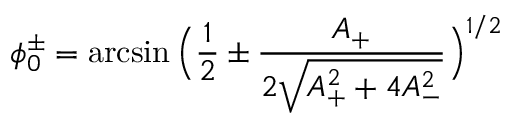
\phi _ { 0 } ^ { \pm } = \arcsin \Big ( \frac { 1 } { 2 } \pm \frac { A _ { + } } { 2 \sqrt { A _ { + } ^ { 2 } + 4 A _ { - } ^ { 2 } } } \Big ) ^ { 1 / 2 }